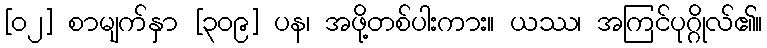
[၀၂] စာမျက်နှာ [၃၀၉] ပန၊ အဖို့တစ်ပါးကား။ ယဿ၊ အကြင်ပုဂ္ဂိုလ်၏။